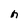
Character: n